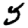
Digit: 5